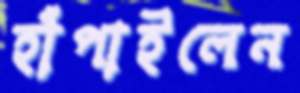
হাঁপাইলেন